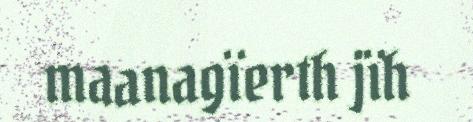
maanagïerth jïh